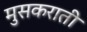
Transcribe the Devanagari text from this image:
मुसकराती